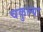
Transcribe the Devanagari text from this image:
चकुल्या